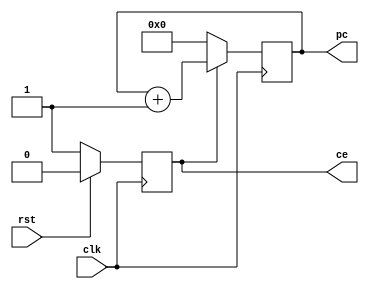
module pc(
    input wire clk,
    input wire rst,

    output reg[5:0] pc, // 6 bits pc
    output reg ce // enable
);

always @(posedge clk) begin // positive edge, aka rising edge
    if (rst == 1'b1) begin
        ce <= 1'b0;
    end else begin
        ce <= 1'b1;
    end
end

always @(posedge clk) begin
    if (ce == 1'b0) begin
        pc <= 6'h00;
    end else begin
        pc <= pc + 1'b1;
    end
end

endmodule